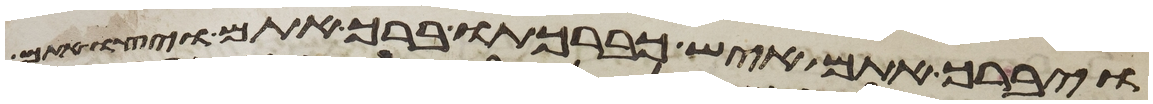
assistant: ויברך אתם איש כברכתו ברך אתם ויצו אתם